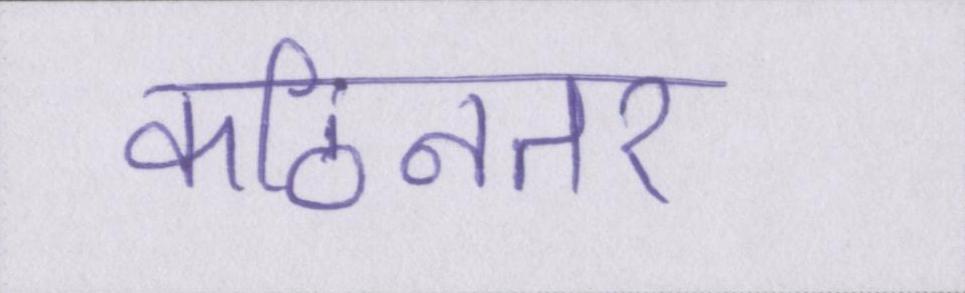
कठिनतर